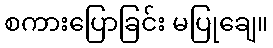
စကားပြောခြင်း မပြုချေ။